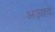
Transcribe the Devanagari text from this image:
अज़ाद